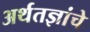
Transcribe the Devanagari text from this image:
अर्थतज्ञांचे